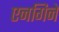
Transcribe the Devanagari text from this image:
एनगिने